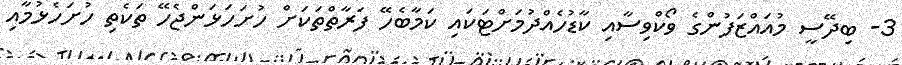
3- ބިދޭސީ މުއައްޒަފުންގެ ވޯކްވިސާއި ކާޑުހެއްދުމަށްޓަކައި ކަމާބެހޭ ފަރާތްތަކަށް ހުށަހަޅަންޖެހޭ ތަކެތި ހުށަހެޅުމާއި